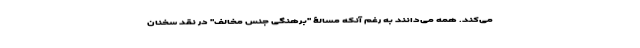
می‌کند. همه می‌دانند به رغم آنکه مسالۀ "برهنگی جنس مخالف" در نقد سخنان